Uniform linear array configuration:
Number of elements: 4
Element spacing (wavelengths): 0.25
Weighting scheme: uniform
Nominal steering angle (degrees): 60
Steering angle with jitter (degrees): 59.93
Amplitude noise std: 0.05
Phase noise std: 0.05

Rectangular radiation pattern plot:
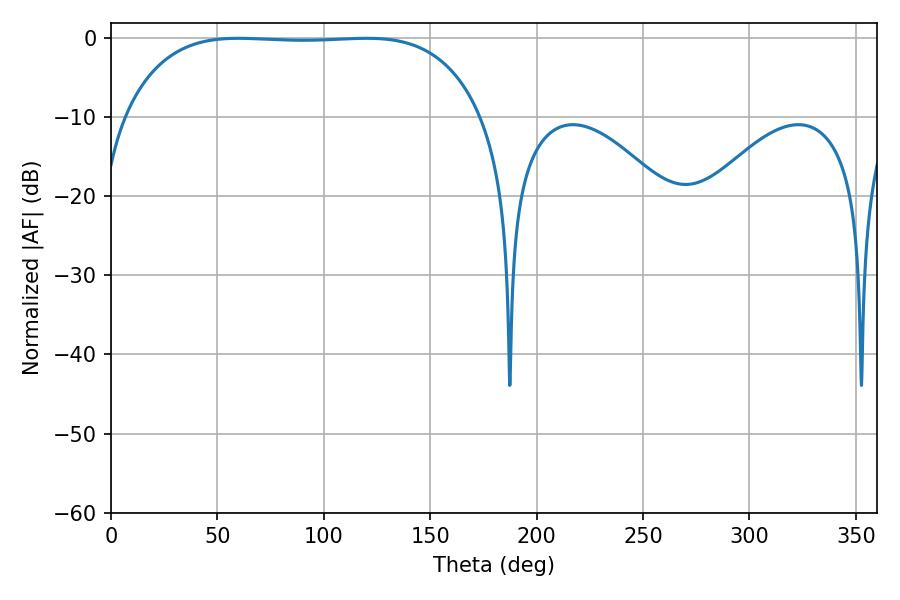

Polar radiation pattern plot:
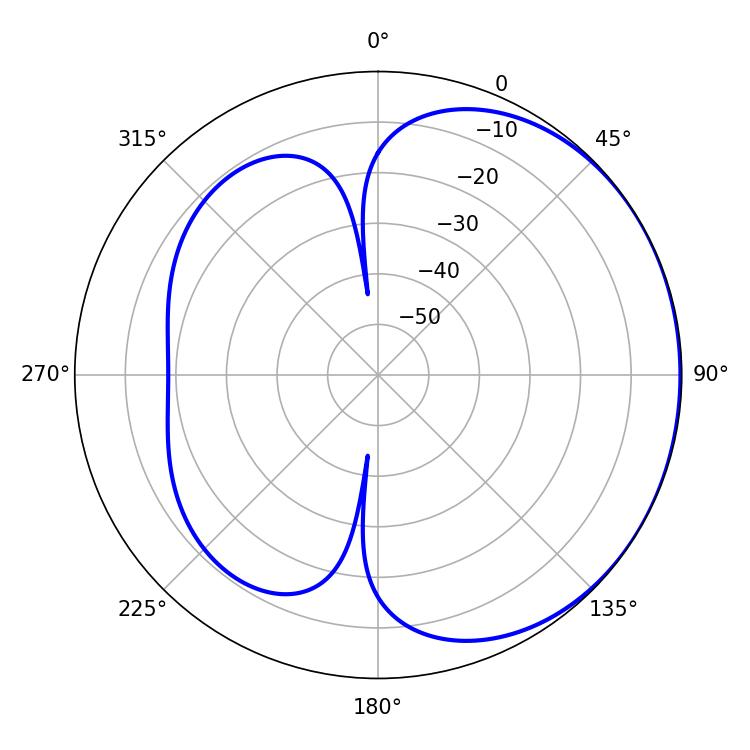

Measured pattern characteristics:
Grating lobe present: FALSE
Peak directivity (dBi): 0.8176
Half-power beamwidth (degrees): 131.4
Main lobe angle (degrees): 59.76